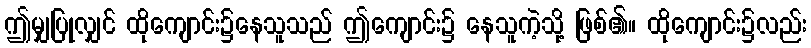
ဤမျှပြုလျှင် ထိုကျောင်း၌နေသူသည် ဤကျောင်း၌ နေသူကဲ့သို့ ဖြစ်၏။ ထိုကျောင်း၌လည်း